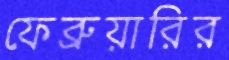
ফেব্রুয়ারির